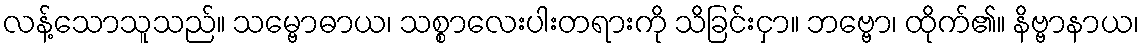
လန့်သောသူသည်။ သမ္ဗောဓာယ၊ သစ္စာလေးပါးတရားကို သိခြင်းငှာ။ ဘဗ္ဗော၊ ထိုက်၏။ နိဗ္ဗာနာယ၊